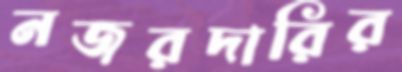
নজরদারির